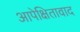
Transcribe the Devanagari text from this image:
आपेक्षितावाद